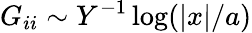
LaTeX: G_{ii}\sim Y^{-1}\log(|x|/a)